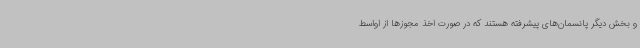
و بخش دیگر پانسمان‌های پیشرفته هستند که در صورت اخذ مجوزها از اواسط